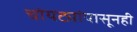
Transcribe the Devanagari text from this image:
चोयट्यांपासूनही